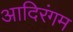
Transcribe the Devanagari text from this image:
आदिरंगम